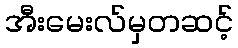
အီးမေးလ်မှတဆင့်